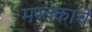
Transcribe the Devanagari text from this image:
मस्तकाचे